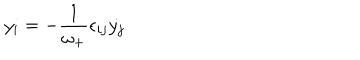
y _ { i } = - \frac { 1 } { \omega _ { + } } \epsilon _ { i j } { \dot { y _ { j } } }